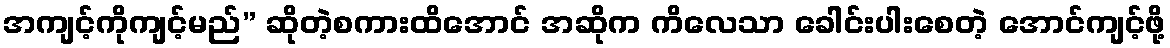
အကျင့်ကိုကျင့်မည်” ဆိုတဲ့စကားထိအောင် အဆိုက ကိလေသာ ခေါင်းပါးစေတဲ့ အောင်ကျင့်ဖို့